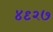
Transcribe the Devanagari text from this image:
४९२७